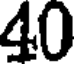
40